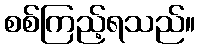
စစ်ကြည့်ရသည်။